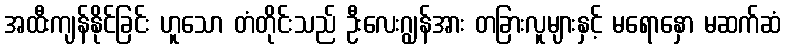
အထီးကျန်နိုင်ခြင်း ဟူသော တံတိုင်းသည် ဦးလေးဂျွန်အား တခြားလူများနှင့် မရောနှော မဆက်ဆံ